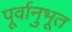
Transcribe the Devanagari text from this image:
पूर्वानुभूत